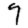
Digit: 9